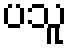
ပသူ